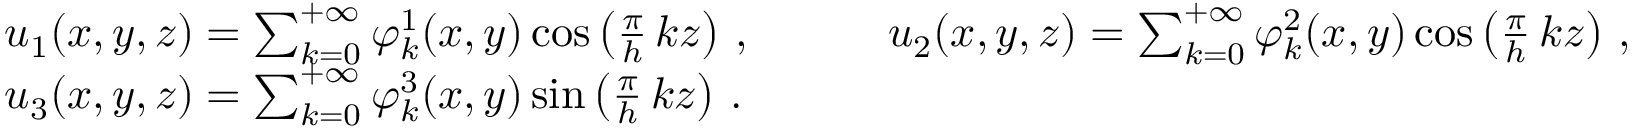
\begin{array} { r l } & { u _ { 1 } ( x , y , z ) = \sum _ { k = 0 } ^ { + \infty } \varphi _ { k } ^ { 1 } ( x , y ) \cos \left( \frac \pi h \, k z \right) \, , \qquad \quad u _ { 2 } ( x , y , z ) = \sum _ { k = 0 } ^ { + \infty } \varphi _ { k } ^ { 2 } ( x , y ) \cos \left( \frac \pi h \, k z \right) \, , } \\ & { u _ { 3 } ( x , y , z ) = \sum _ { k = 0 } ^ { + \infty } \varphi _ { k } ^ { 3 } ( x , y ) \sin \left( \frac \pi h \, k z \right) \, . } \end{array}